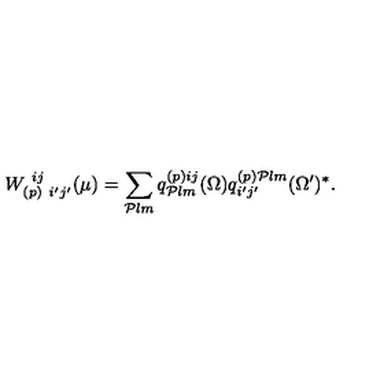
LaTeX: W _ { ( p ) \ i ^ { \prime } j ^ { \prime } } ^ { \ i j } ( \mu ) = \sum _ { { \cal P } l m } q _ { { \cal P } l m } ^ { ( p ) i j } ( \Omega ) q _ { i ^ { \prime } j ^ { \prime } } ^ { ( p ) { \cal P } l m } ( \Omega ^ { \prime } ) ^ { * } .